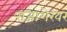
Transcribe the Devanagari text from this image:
राजाशेखर